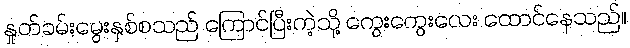
နှုတ်ခမ်းမွေးနှစ်စသည် ကြောင်ပြီးကဲ့သို့ ကွေးကွေးလေး ထောင်နေသည်။